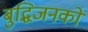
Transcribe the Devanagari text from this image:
बुद्धिजनको